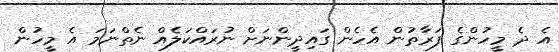
އެ ދެ މީހުންގެ ފަރާތުން އެހެން ގައިދީންނަށް ނުރައްކަލެއް ނެތްނަމަ އެ މީހުން